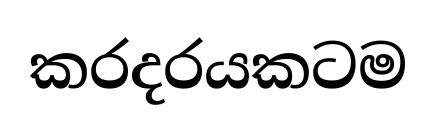
කරදරයකටම